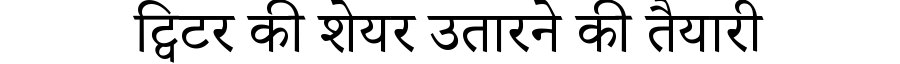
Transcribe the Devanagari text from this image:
ट्विटर की शेयर उतारने की तैयारी